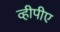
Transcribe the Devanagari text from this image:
व्हीपीए